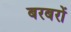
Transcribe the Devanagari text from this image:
बरबरों